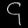
Digit: ၄